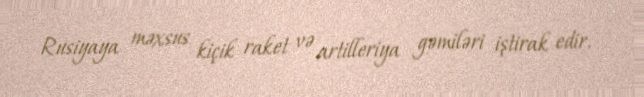
Rusiyaya məxsus kiçik raket və artilleriya gəmiləri iştirak edir.